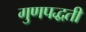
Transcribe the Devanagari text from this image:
गुणपद्धती